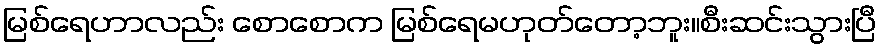
မြစ်ရေဟာလည်း စောစောက မြစ်ရေမဟုတ်တော့ဘူး။စီးဆင်းသွားပြီ